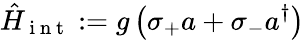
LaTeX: \hat{H}_{\mathrm{~i~n~t~}}:=g\left(\sigma_{+}a+\sigma_{-}a^{\dagger}\right)